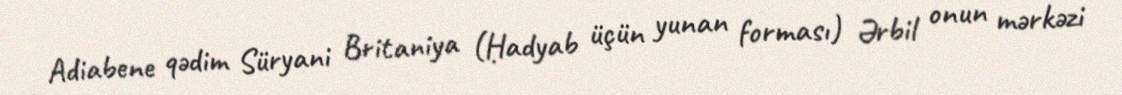
Adiabene qədim Süryani Britaniya (Ḥadyab üçün yunan forması) Ərbil onun mərkəzi